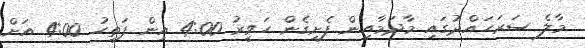
މާލެ ސަރަހައްދުގައި މާދަމާއިން ފެށިގެން ހަވީރު 4:00 އިން ފަތިހު 4:00 އަށް